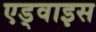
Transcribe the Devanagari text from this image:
एड्वाइस